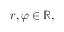
r , \varphi \in \mathbb { R } ,